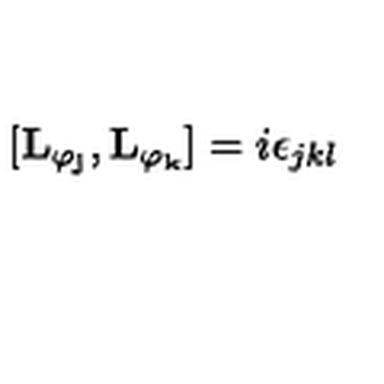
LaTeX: \lbrack \mathbf { L _ { \varphi _ { j } } } , \mathbf { L _ { \varphi _ { k } } } ] = i \epsilon _ { j k l }